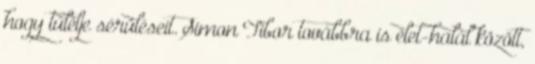
hogy túlélje sérüléseit. Simon Tibor továbbra is élet-halál között,